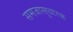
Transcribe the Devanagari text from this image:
समजासुधारक